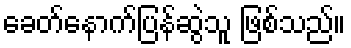
ခေတ်နောက်ပြန်ဆွဲသူ ဖြစ်သည်။